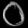
Digit: ၀